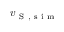
v _ { \mathrm { ~ S ~ } , \mathrm { ~ s ~ i ~ m ~ } }